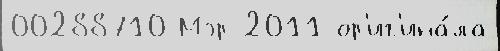
00288710 Мэр 2011 ор'иг'ина́ла